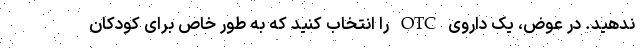
ندهید. در عوض، یک داروی OTC را انتخاب کنید که به طور خاص برای کودکان